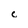
Character: c